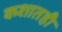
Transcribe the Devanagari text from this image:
कशातही